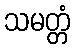
သမတ္တံ